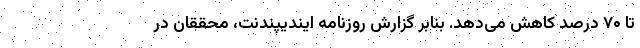
تا ۷۰ درصد کاهش می‌دهد. بنابر گزارش روزنامه ایندیپندنت، محققان در